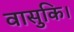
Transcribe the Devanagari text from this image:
वासुकि।